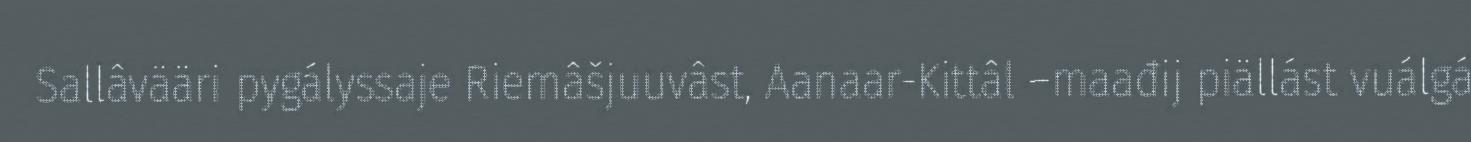
Sallâvääri pygályssaje Riemâšjuuvâst, Aanaar-Kittâl –maađij piällást vuálgá